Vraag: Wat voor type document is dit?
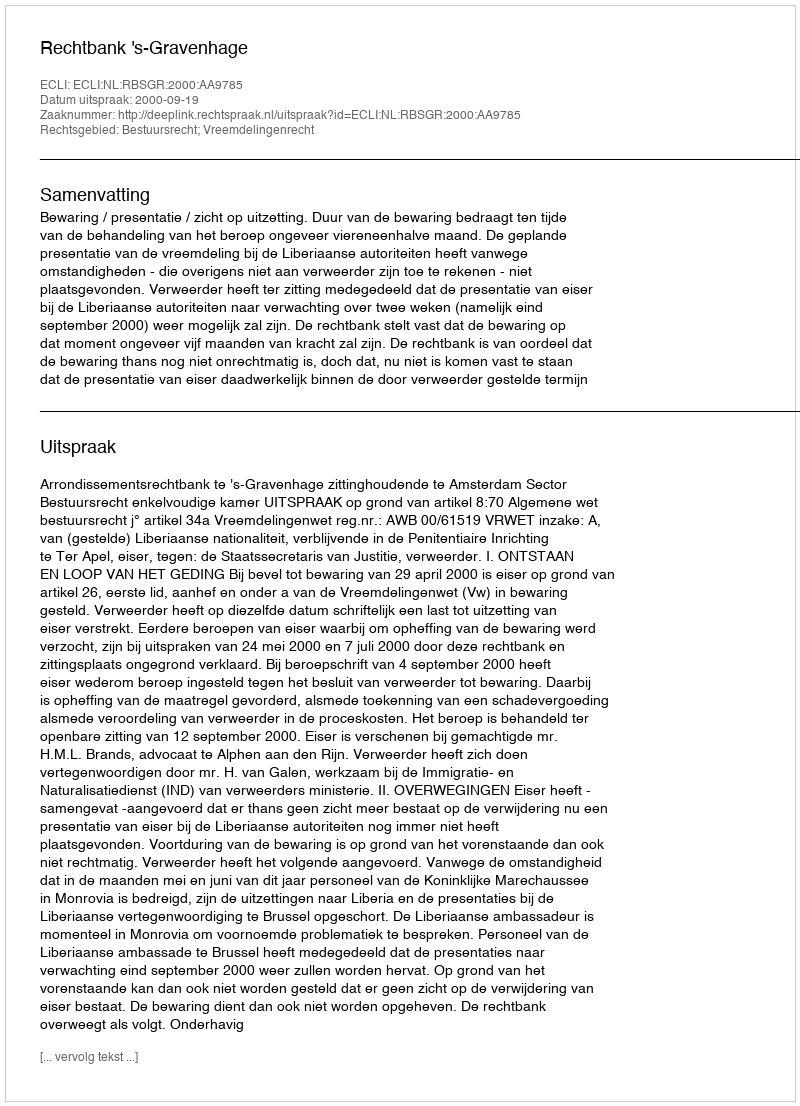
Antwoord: Uitspraak